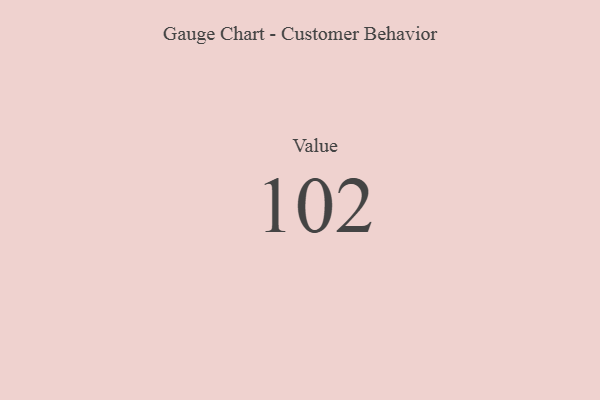
{"axis": {"x": "Metric", "y": "Value"}, "legend": [""], "data": [{"x": "Value", "y": 102, "type": ""}]}